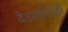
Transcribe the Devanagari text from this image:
देवराईसाठी